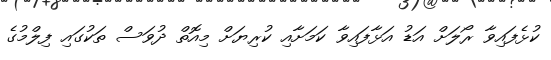
ކުޅެފައިވާ ރޯލަށް އަޑު އަޅާފައިވާ ކަމަށާއި ކުރިޔަށް މިއޮތް ދުވަސް ތަކުގައި ފިލްމުގެ